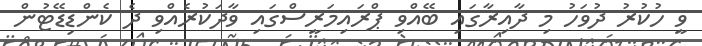
ވީ ހުކުރު ދުވަހު މި ދާއިރާގައި ބޭއްވި ޕްރައިމަރީސްގައި ވާދަކުރެއްވި ދެ ކެންޑިޑޭޓުން